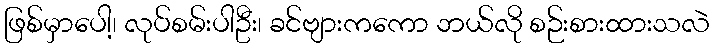
ဖြစ်မှာပေါ့၊ လုပ်စမ်းပါဦး၊ ခင်ဗျားကကော ဘယ်လို စဉ်းစားထားသလဲ